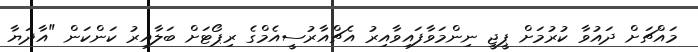
މައްޗަށް ދައުވާ ކުރުމަށް ޕީޖީ ނިންމަވާފައިވާއިރު އެޗްއާރުސީއެމްގެ ރިޕޯޓަށް ބަލާއިރު ކަންކަން "އާދަޔާ